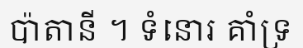
ប៉ាតានី ។ ទំនោរ គាំទ្រ